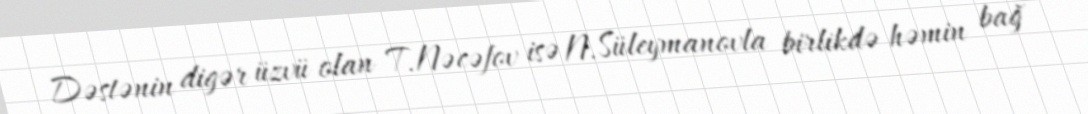
Dəstənin digər üzvü olan T.Nəcəfov isə N.Süleymanovla birlikdə həmin bağ